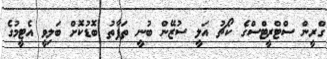
ގްރީން ސްޓްރީޓްސްގެ ކޯޗު އަލީ ސުޒޭން ބުނީ ތަފާތު ބޮޑުކޮށް ބަލިވީ އެޓީމުގެ